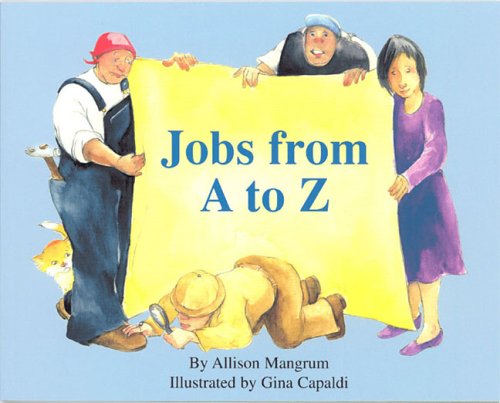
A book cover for Jobs from A to Z; Allison Mangrum; Business & Money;